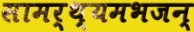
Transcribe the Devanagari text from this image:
सामर्थ्यमभजन्